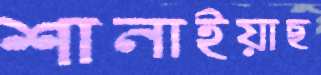
শানাইয়াছ